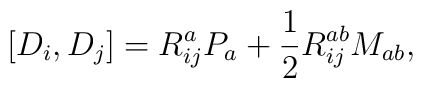
[D_{i},D_{j}]=R_{ij}^{a}P_{a}+\frac{1}{2}R_{ij}^{ab}M_{ab},